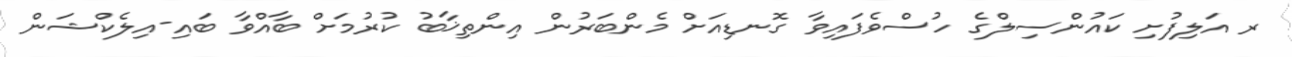
ރ އަލިފުށި ކައުންސިލްގެ ހުސްވެފައިވާ ގޮނޑިއަށް މެންބަރުން އިންތިޚާބު ކުރުމަށް ބާއްވާ ބައި-އިލެކްޝަން